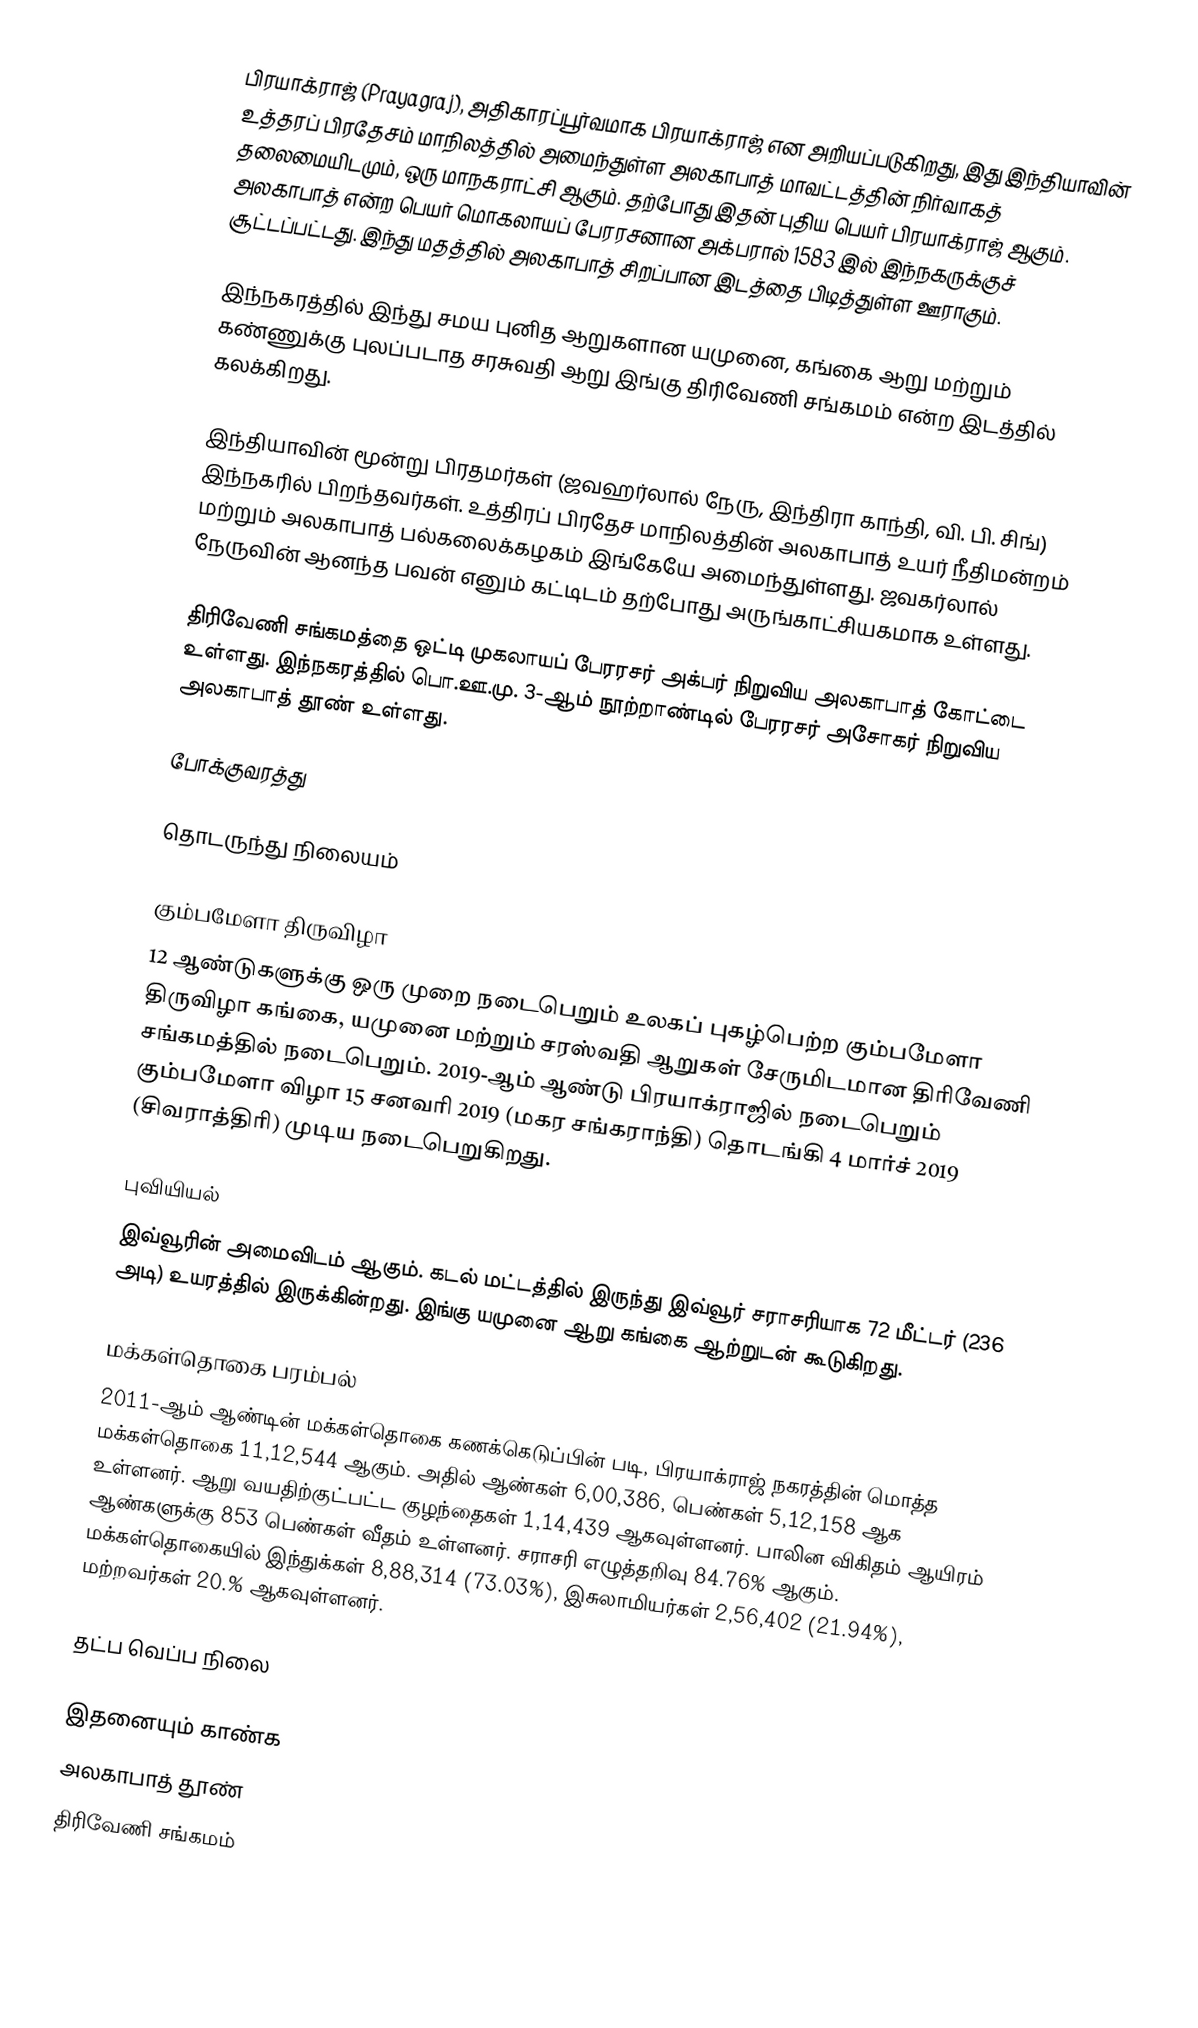
பிரயாக்ராஜ் (Prayagraj), அதிகாரப்பூர்வமாக பிரயாக்ராஜ் என அறியப்படுகிறது, இது இந்தியாவின் உத்தரப் பிரதேசம் மாநிலத்தில் அமைந்துள்ள அலகாபாத் மாவட்டத்தின் நிர்வாகத் தலைமையிடமும், ஒரு மாநகராட்சி ஆகும். தற்போது இதன் புதிய பெயர் பிரயாக்ராஜ் ஆகும். அலகாபாத் என்ற பெயர் மொகலாயப் பேரரசனான அக்பரால் 1583 இல் இந்நகருக்குச் சூட்டப்பட்டது. இந்து மதத்தில் அலகாபாத் சிறப்பான இடத்தை பிடித்துள்ள ஊராகும்.

இந்நகரத்தில் இந்து சமய புனித ஆறுகளான யமுனை, கங்கை ஆறு மற்றும் கண்ணுக்கு புலப்படாத சரசுவதி ஆறு இங்கு திரிவேணி சங்கமம் என்ற இடத்தில் கலக்கிறது.

இந்தியாவின் மூன்று பிரதமர்கள் (ஜவஹர்லால் நேரு, இந்திரா காந்தி, வி. பி. சிங்) இந்நகரில் பிறந்தவர்கள். உத்திரப் பிரதேச மாநிலத்தின் அலகாபாத் உயர் நீதிமன்றம் மற்றும் அலகாபாத் பல்கலைக்கழகம் இங்கேயே அமைந்துள்ளது. ஜவகர்லால் நேருவின் ஆனந்த பவன் எனும் கட்டிடம் தற்போது அருங்காட்சியகமாக உள்ளது.

திரிவேணி சங்கமத்தை ஒட்டி முகலாயப் பேரரசர் அக்பர் நிறுவிய அலகாபாத் கோட்டை உள்ளது.  இந்நகரத்தில் பொ.ஊ.மு. 3-ஆம் நூற்றாண்டில் பேரரசர் அசோகர் நிறுவிய  அலகாபாத் தூண் உள்ளது.

போக்குவரத்து

தொடருந்து நிலையம்

கும்பமேளா திருவிழா
12 ஆண்டுகளுக்கு ஒரு முறை நடைபெறும் உலகப் புகழ்பெற்ற கும்பமேளா திருவிழா கங்கை, யமுனை மற்றும் சரஸ்வதி ஆறுகள் சேருமிடமான திரிவேணி சங்கமத்தில் நடைபெறும்.  2019-ஆம் ஆண்டு பிரயாக்ராஜில் நடைபெறும் கும்பமேளா விழா 15 சனவரி 2019 (மகர சங்கராந்தி) தொடங்கி 4 மார்ச் 2019 (சிவராத்திரி) முடிய நடைபெறுகிறது.

புவியியல்
இவ்வூரின் அமைவிடம்  ஆகும். கடல் மட்டத்தில் இருந்து இவ்வூர் சராசரியாக 72 மீட்டர் (236 அடி) உயரத்தில் இருக்கின்றது. இங்கு யமுனை ஆறு கங்கை ஆற்றுடன் கூடுகிறது.

மக்கள்தொகை பரம்பல்
2011-ஆம் ஆண்டின் மக்கள்தொகை கணக்கெடுப்பின் படி, பிரயாக்ராஜ் நகரத்தின் மொத்த மக்கள்தொகை 11,12,544  ஆகும். அதில் ஆண்கள் 6,00,386, பெண்கள் 5,12,158 ஆக உள்ளனர். ஆறு வயதிற்குட்பட்ட குழந்தைகள்  1,14,439 ஆகவுள்ளனர்.  பாலின விகிதம் ஆயிரம் ஆண்களுக்கு 853 பெண்கள் வீதம் உள்ளனர். சராசரி எழுத்தறிவு 84.76%  ஆகும்.  மக்கள்தொகையில் இந்துக்கள்  8,88,314 (73.03%), இசுலாமியர்கள் 2,56,402 (21.94%), மற்றவர்கள் 20.% ஆகவுள்ளனர்.

தட்ப வெப்ப நிலை

இதனையும் காண்க
 அலகாபாத் தூண்
 திரிவேணி சங்கமம்